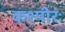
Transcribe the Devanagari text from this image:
कश्मीरः